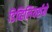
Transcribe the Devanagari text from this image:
डिव्हिलियर्सने